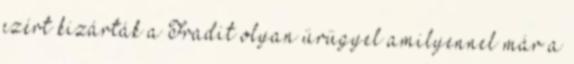
ezért kizárták a Fradit olyan ürügyel amilyennel már a